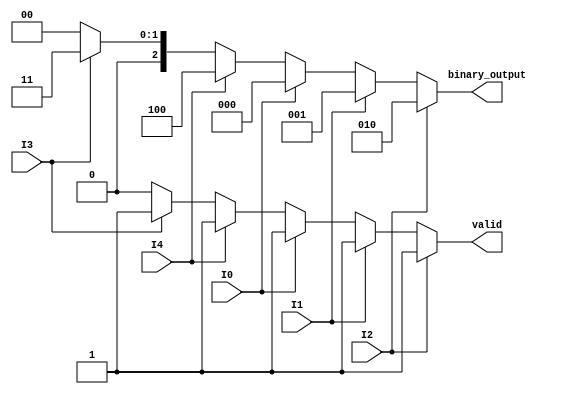
module dual_priority_encoder (
    input wire I0, I1, I2, // Group 1 inputs (Higher Priority)
    input wire I3, I4,     // Group 2 inputs (Lower Priority)
    output reg [2:0] binary_output, // 3-bit binary output for encoding
    output reg valid        // Valid output signal
);

// Always block to implement combinational logic
always @(*) begin
    // Default values
    binary_output = 3'b000; // Default output
    valid = 1'b0;           // Default valid output

    // Check Group 1 inputs first (Higher Priority)
    if (I2) begin
        binary_output = 3'b010; // Output for I2
        valid = 1'b1;
    end else if (I1) begin
        binary_output = 3'b001; // Output for I1
        valid = 1'b1;
    end else if (I0) begin
        binary_output = 3'b000; // Output for I0
        valid = 1'b1;
    end 
    // If no Group 1 inputs are active, check Group 2 inputs
    else if (I4) begin
        binary_output = 3'b100; // Output for I4
        valid = 1'b1;
    end else if (I3) begin
        binary_output = 3'b011; // Output for I3
        valid = 1'b1;
    end 
    // If no inputs are active, binary_output and valid remain unchanged
end

endmodule